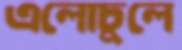
এলোচুলে